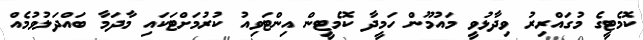
ކޮމެޓީގެ މުގައްރިރު ވިދާޅުވީ މައުމޫން ހަމީދާ ކޮމެޓީން އިންޓަވިއު ކުރުމަށްޓަކައި މާދަމާ ބައްދަލުވުމެއް